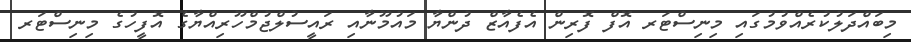
މިބައްދަލުކުރެއްވުމުގައި މިނިސްޓަރ އޮފް ފޮރިން އެފެއާޒް ދުންޔާ މައުމޫނާއި ރައީސުލްޖުމްހޫރިއްޔާގެ އޮފީހުގެ މިނިސްޓަރ